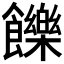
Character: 𩟧